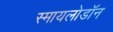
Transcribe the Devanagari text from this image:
स्मायलोडॉन